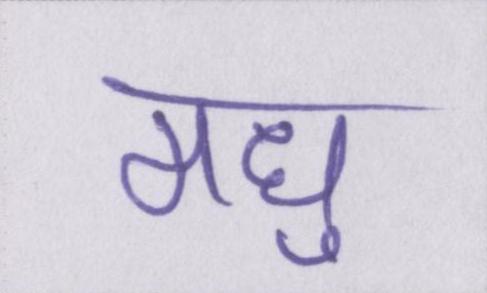
मधु